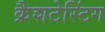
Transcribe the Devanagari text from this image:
क्रैशटेस्टिंग